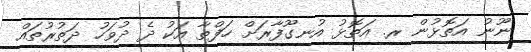
ނޫނު އަތޮޅުން ރ. އަތޮޅު އުނގޫފާރަށް ހަފްތާ އަކު ދެ ދުވަހު ދަތުރުތައް